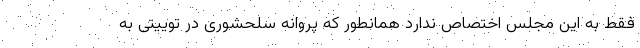
فقط به این مجلس اختصاص ندارد همانطور که پروانه سلحشوری در توییتی به